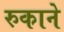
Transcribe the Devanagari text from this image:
रुकाने